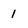
Character: 1